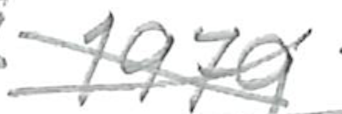
Text: 1979
Cross-out: cross
Writing tool: pencil